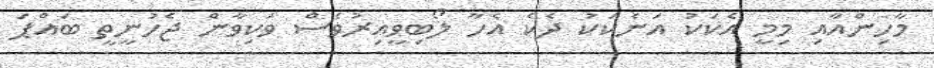
މާހިންއާއި މިމީ އެކަކު އަނެކަކު ދެކެ އެހާ ލޯބިވީއިރުވެސް ވަކިވާން ޖެހުނީތީ ބައްޕަ